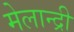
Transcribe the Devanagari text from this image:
मेलान्द्री